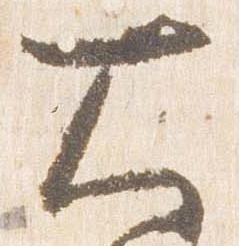
大